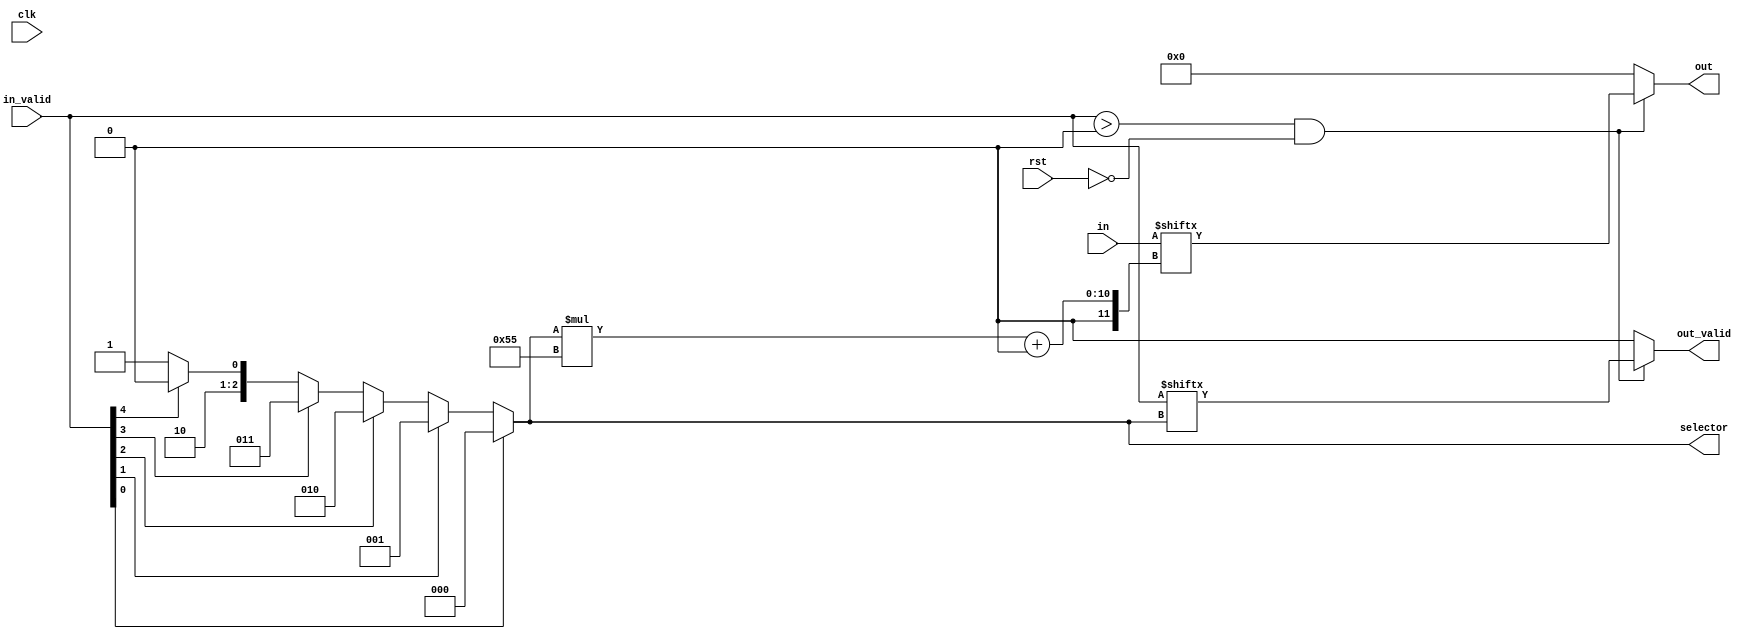
module reduction_tree#(
    parameter FAN_IN = 6,	//PORT_NUM
	 parameter ValidBitPos = 81,
	 parameter lg_numprocs = 3
)
(
    input clk,
    input rst,
    input [FlitChildWidth * FAN_IN  - 1 : 0] in,
    input [FAN_IN - 1 : 0] in_valid,

    output [FlitChildWidth-1:0] out,
    output  out_valid,
	 output [ROUTE_LEN - 1 : 0] selector
);

	 localparam num_procs = 1 << lg_numprocs;

	 localparam FlitWidth = ValidBitPos + 1;
	 localparam ChildrenWidth=lg_numprocs;	 
	 localparam FlitChildWidth = FlitWidth+ChildrenWidth;

	 localparam ROUTE_LEN = 3;
	 
	 assign selector = (in_valid[0])? 0 : (in_valid[1])? 1 : (in_valid[2])? 2 : (in_valid[3])? 3 : (in_valid[4])? 4 : 5;
	 
	 assign out_valid = ((in_valid>0) && (!rst))? in_valid[selector] : 1'b0;
	 assign out = ((in_valid>0) && (!rst))? in[selector*FlitChildWidth+: FlitChildWidth] : 0;

endmodule